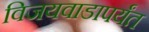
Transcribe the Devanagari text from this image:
विजयवाडापर्यंत